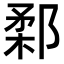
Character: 𨜙